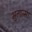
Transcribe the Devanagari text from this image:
भुतात्मा